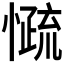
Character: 𰒓